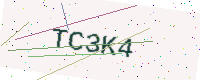
Text: TC3K4